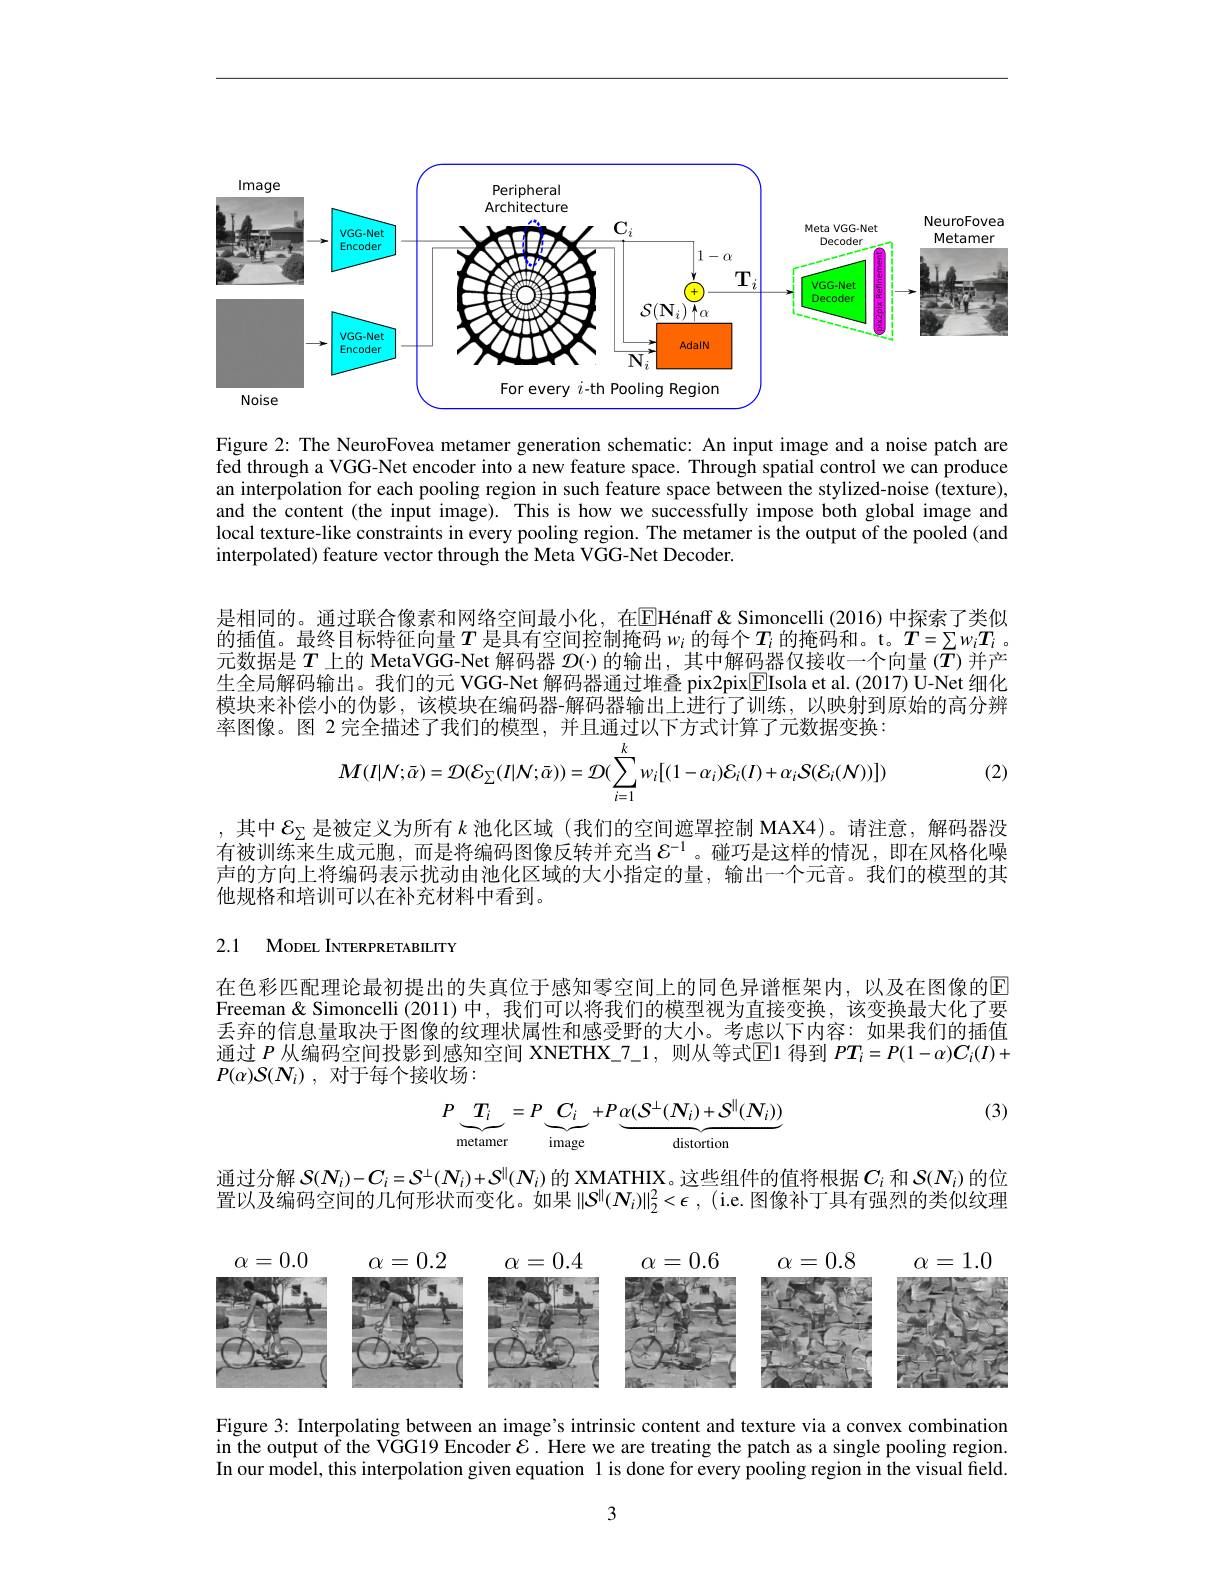
<FigureHere>

Figure 2: The NeuroFovea metamer generation schematic: An input image and a noise patch are fed through a VGG-Net encoder into a new feature space. Through spatial control we can produce an interpolation for each pooling region in such feature space between the stylized-noise (texture), and the content (the input image). This is how we successfully impose both global image and local texture-like constraints in every pooling region. The metamer is the output of the pooled (and interpolated) feature vector through the Meta VGG-Net Decoder.

是相同的。通过联合像素和网络空间最小化，在$\boxed{\mathrm{E}}$Hénaff&Simoncelli (2016)中探索了类似的插值。最终目标特征向量$T$ 是具有空间控制掩码 $w_i$ 的每个$T_i$ 的掩码和。t。$T=\sum w_iT_i$ 。元数据是$T$上的 MetaVGG-Net 解码器 $\mathcal{D}(\cdot)$ 的输出，其中解码器仅接收一个向量 $(\bar{T})$ 并产生全局解码输出。我们的元 VGG-Net 解码器通过堆叠 pix2pix$\underline{\mathrm{E}}$Isola et al.(2017) U-Net 细化模块来补偿小的伪影 , 该模块在编码器-解码器输出上进行了训练，以映射到原始的高分辨率图像。图 2 完全描述了我们的模型，并且通过以下方式计算了元数据变换：
$$M(I|\mathcal{N};\bar{\alpha})=\mathcal{D}(\mathcal{E}_{\Sigma}(I|\mathcal{N};\bar{\alpha}))=\mathcal{D}(\sum_{i=1}^{k}w_{i}[(1-\alpha_{i})\mathcal{E}_{i}(I)+\alpha_{i}\mathcal{S}(\mathcal{E}_{i}(\mathcal{N}))])$$
(2)

,其中$\mathcal{E}_\Sigma$是被定义为所有$k$池化区域 (我们的空间遮罩控制 MAX4)。请注意，解码器没有被训练来生成元胞，而是将编码图像反转并充当$\varepsilon^{-1}$。碰巧是这样的情况，即在风格化噪声的方向上将编码表示扰动由池化区域的大小指定的量，输出一个元音。我们的模型的其他规格和培训可以在补充材料中看到。

# 2.1 MoDEL INTERPRETABILITY

在色彩匹配理论最初提出的失真位于感知零空间上的同色异谱框架内，以及在图像的$\overline{\mathrm{F}}$ Freeman& Simoncelli (2011)中，我们可以将我们的模型视为直接变换，该变换最大化了要丢弃的信息量取决于图像的纹理状属性和感受野的大小。考虑以下内容：如果我们的插值通过$P$从编码空间投影到感知空间 XNETHX\_7\_1,则从等式$\mathbb{E}$1 得到$PT_i=P(1-\alpha)C_i(I)+$ $P( \alpha ) \mathcal{S} ( N_i)$ , 对于每个接收场：

(3)
$$P\underbrace{T_i}_{\text{metamer}}=P\underbrace{C_i}_{\text}+P\underbrace{\alpha(S^\perp(N_i)+S^\parallel(N_i))}_{\text{distortion}}$$
通过分解$S(\boldsymbol{N}_i)-\boldsymbol{C}_i=\mathcal{S}^\perp(\boldsymbol{N}_i)+\mathcal{S}^\parallel(\boldsymbol{N}_i)$的 XMATHIX。这些组件的值将根据$C_i$和$S(\boldsymbol{N}_i)$的位置以及编码空间的几何形状而变化。如果$\|S^{\|}(N_i)\|_2^2<\epsilon$, (i.e. 图像补丁具有强烈的类似纹理

<FigureHere>

Figure 3: Interpolating between an image's intrinsic content and texture via a convex combination in the output of the VGG19 Encoder $\mathcal{E}.$ Here we are treating the patch as a single pooling region. In our model, this interpolation given equation l is done for every pooling region in the visual field.

3